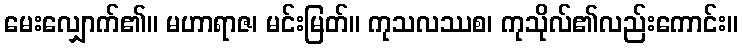
မေးလျှောက်၏။ မဟာရာဇ၊ မင်းမြတ်။ ကုသလဿစ၊ ကုသိုလ်၏လည်းကောင်း။